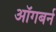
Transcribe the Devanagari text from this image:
ऑगबर्न